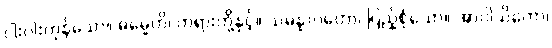
ငါးပါးကုန်သော။ ဓမ္မေဟိ၊ တရားတို့နှင့်။ သမန္နာဂတော၊ ပြည့်စုံသော။ အာဝါသိကော၊